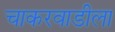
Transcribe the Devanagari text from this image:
चाकरवाडीला